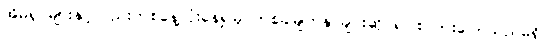
အိမ်ရှင်များနှင့်လည်းတစ်နေ့လုံးနေ၍မှ တစ်ခါမျက်နှာချင်းဆိုင်၍ စကားပြောသည်မရှိ။